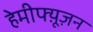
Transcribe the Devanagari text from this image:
हेमीफ्य़ूज़न